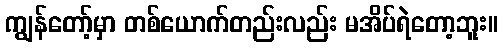
ကျွန်တော့်မှာ တစ်ယောက်တည်းလည်း မအိပ်ရဲတော့ဘူး။